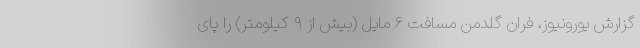
گزارش یورونیوز، فران گلدمن مسافت ۶ مایل (بیش از ۹ کیلومتر) را پای